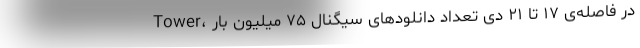
Tower، در فاصله‌ی ۱۷ تا ۲۱ دی تعداد دانلودهای سیگنال ۷۵ میلیون بار